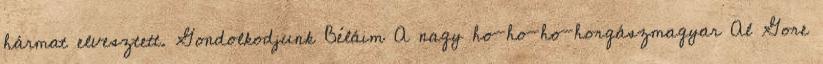
hármat elvesztett. Gondolkodjunk Béláim A nagy ho-ho-ho-horgászmagyar Al Gore